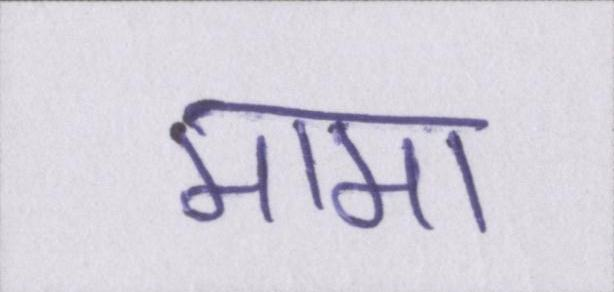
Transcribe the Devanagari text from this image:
मामा